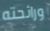
ورائحته